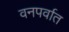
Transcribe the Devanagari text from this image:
वनपर्वात